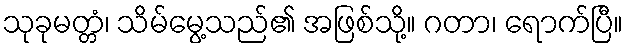
သုခုမတ္တံ၊ သိမ်မွေ့သည်၏ အဖြစ်သို့။ ဂတာ၊ ရောက်ပြီ။